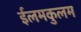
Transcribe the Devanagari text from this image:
ईलमकुलम